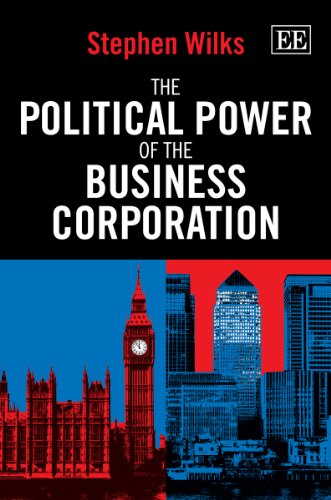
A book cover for The Political Power of the Business Corporation; Stephen Wilks; Business & Money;